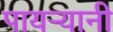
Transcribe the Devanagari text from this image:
पायर्‍यानी